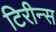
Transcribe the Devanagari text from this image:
टिरीन्स